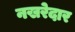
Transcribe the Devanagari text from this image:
नखरेदार